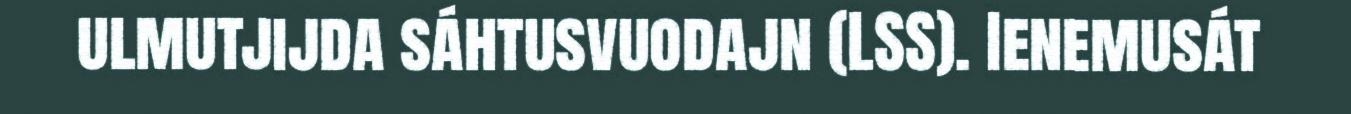
ulmutjijda sáhtusvuodajn (LSS). Ienemusát